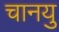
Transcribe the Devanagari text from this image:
चानयु